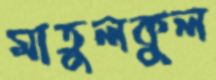
মাতুলকুল